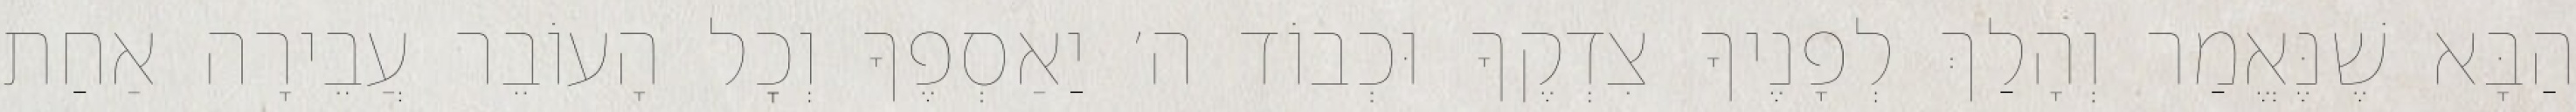
הַבָּא שֶׁנֶּאֱמַר וְהָלַךְ לְפָנֶיךָ צִדְקֶךָ וּכְבוֹד ה׳ יַאַסְפֶךָ וְכׇל הָעוֹבֵר עֲבֵירָה אַחַת